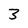
Character: 3